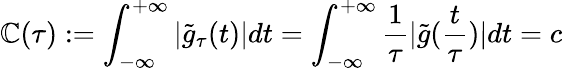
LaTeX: \mathbb{C}(\tau):=\int_{-\infty}^{+\infty}|\tilde{{g}}_{\tau}(t)|dt=\int_{-\infty}^{+\infty}\frac{{1}}{{\tau}}|\tilde{{g}}(\frac{{t}}{{\tau}})|dt=c